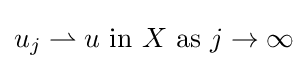
u_{j}\rightharpoonup u{\mbox{ in }}X{\mbox{ as }}j\to \infty